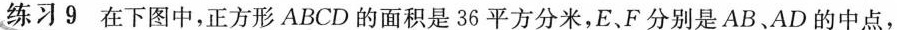
练习9 在下图中，正方形ABCD的面积是36平方分米，E、F分别是AB、AD的中点，